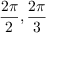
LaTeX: { \frac { 2 \pi } { 2 } } , { \frac { 2 \pi } { 3 } }